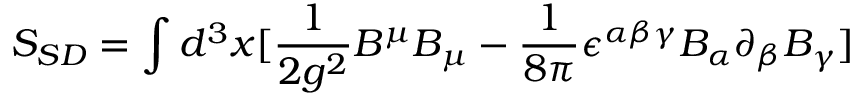
S _ { S D } = \int d ^ { 3 } x [ \frac { 1 } { 2 g ^ { 2 } } B ^ { \mu } B _ { \mu } - \frac { 1 } { 8 \pi } \epsilon ^ { \alpha \beta \gamma } B _ { \alpha } \partial _ { \beta } B _ { \gamma } ]